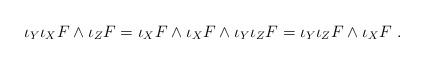
LaTeX: \begin{align*}\iota_Y \iota_X F \wedge \iota_Z F = \iota_X F \wedge \iota_X F \wedge \iota_Y \iota_Z F= \iota_Y \iota_Z F\wedge \iota_X F~.\end{align*}